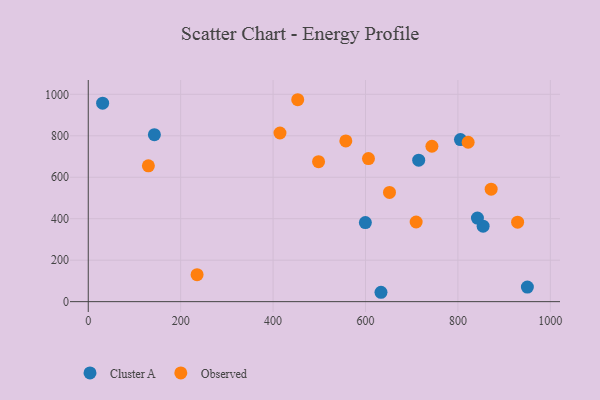
{"axis": {"x": "Experience", "y": "Exam Score"}, "legend": ["Cluster A", "Observed"], "data": [{"x": "633.5", "y": 45.2, "type": "Cluster A"}, {"x": "950.3", "y": 70.4, "type": "Cluster A"}, {"x": "805.5", "y": 781.6, "type": "Cluster A"}, {"x": "715.1", "y": 682.3, "type": "Cluster A"}, {"x": "854.5", "y": 363.9, "type": "Cluster A"}, {"x": "31.1", "y": 957.3, "type": "Cluster A"}, {"x": "143.1", "y": 805.3, "type": "Cluster A"}, {"x": "842.2", "y": 403.3, "type": "Cluster A"}, {"x": "599.7", "y": 381.4, "type": "Cluster A"}, {"x": "414.9", "y": 813.4, "type": "Observed"}, {"x": "498.4", "y": 675.2, "type": "Observed"}, {"x": "453.3", "y": 973.9, "type": "Observed"}, {"x": "929.2", "y": 383.1, "type": "Observed"}, {"x": "557.4", "y": 775.4, "type": "Observed"}, {"x": "235.5", "y": 129.9, "type": "Observed"}, {"x": "871.9", "y": 542.5, "type": "Observed"}, {"x": "709.6", "y": 384.1, "type": "Observed"}, {"x": "651.9", "y": 526.6, "type": "Observed"}, {"x": "130.1", "y": 655.0, "type": "Observed"}, {"x": "606.4", "y": 690.0, "type": "Observed"}, {"x": "743.7", "y": 749.4, "type": "Observed"}, {"x": "822.1", "y": 768.7, "type": "Observed"}]}